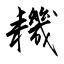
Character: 耭